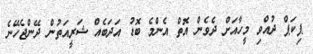
ޕިކަޕް ދުއްވި މީހާއަށް ދެވެން އޮތް އެންމެ ބޮޑު އަދަބެއް ޝަރީއަތުން ދޭންޖެހޭނެ